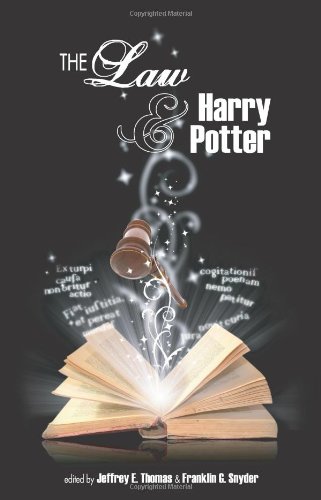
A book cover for The Law and Harry Potter; Jeffrey E. Thomas; Law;